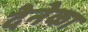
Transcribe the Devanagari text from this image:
देनेका